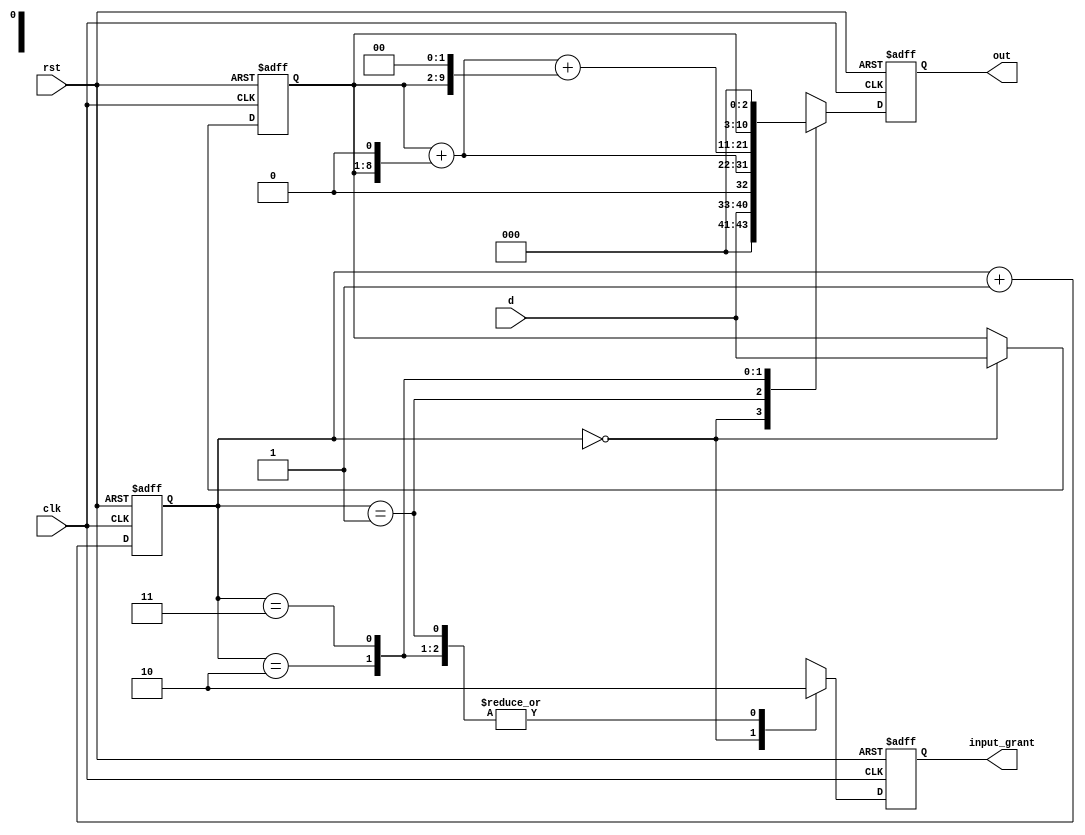
module top (d, clk, rst, input_grant, out);
input [7:0] d;
input clk, rst;
output reg input_grant;
output reg [10:0] out;

reg [1:0] count;
reg [7:0] multiplier;

always @(posedge clk or posedge rst) begin
    if (rst) begin
        count <= 2'b00;
    end

    else begin
        count <= count + 1;
    end
end

always @(posedge clk or posedge rst) begin

    if (rst) begin
        input_grant <= 1'b0;
        out <= 11'd0;
        multiplier <= 8'd0;
    end

    else begin
        case (count)
            2'b00 : begin
                multiplier <= d;
                out <= d;
                input_grant <= 1'b1;
            end

            2'b01 : begin
                out <= multiplier + {multiplier, 1'b0}; //* 3
                input_grant <= 1'b0;
            end

            2'b10: begin
                out <= multiplier + {multiplier, 1'b0} + {multiplier, 2'b00};
                input_grant <= 1'b0; 
            end

            2'b11 : begin
                out <= {multiplier, 3'b000};
                input_grant <= 1'b0;   
            end

            default : begin
                out <= d;
                input_grant <= 1'b0;
            end

        endcase
    end
end


endmodule